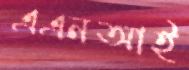
এএনআই